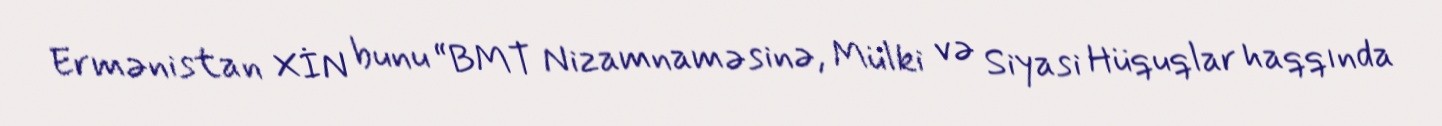
Ermənistan XİN bunu “BMT Nizamnaməsinə, Mülki və Siyasi Hüquqlar haqqında